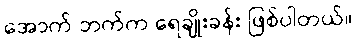
အောက် ဘက်က ရေချိုးခန်း ဖြစ်ပါတယ်။